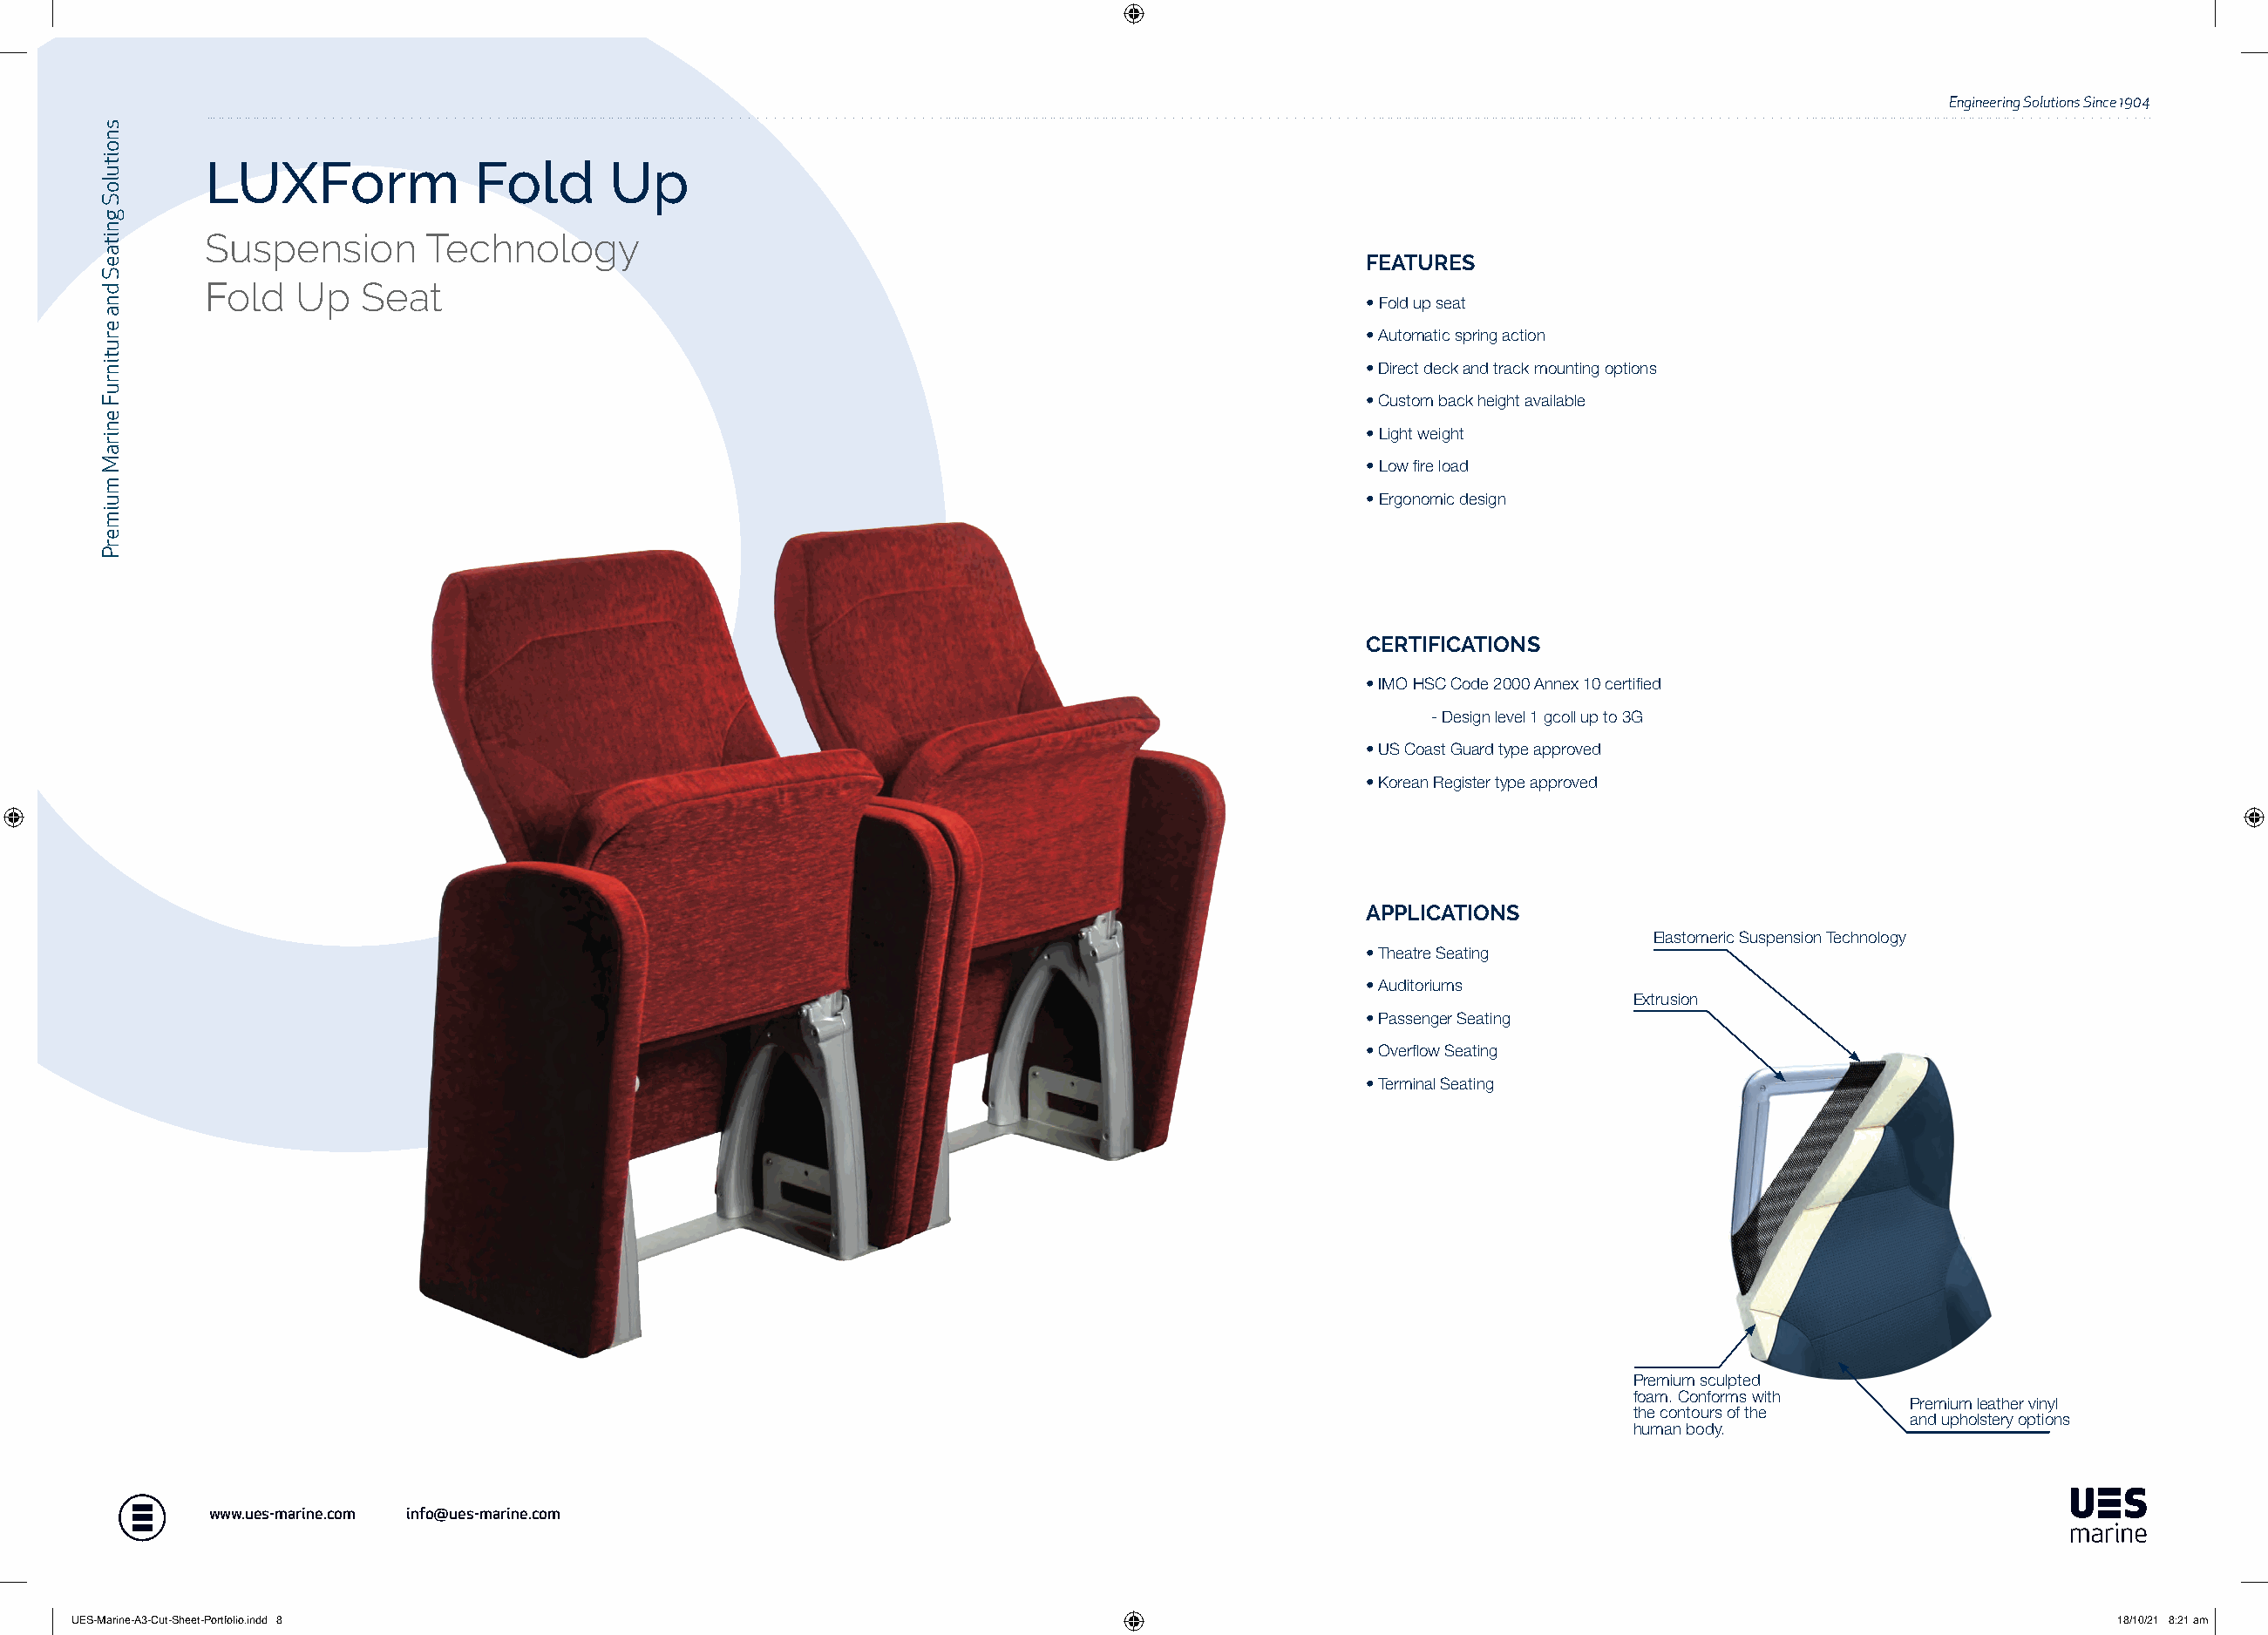
Engineering Solutions Since 1904
 LUXForm             Fold      Up
 Suspension      Technology
 FEATURES
 Fold  Up   Seat
 • Fold up seat
 • Automatic spring action
 • Direct deck and track mounting options
 • Custom back height available
 • Light weight
 • Low fire load
 • Ergonomic design
 CERTIFICATIONS
 • IMO HSC Code 2000 Annex 10 certified
 - Design level 1 gcoll up to 3G
 • US Coast Guard type approved
 • Korean Register type approved
 APPLICATIONS
 Elastomeric Suspension Technology
 • Theatre Seating
 • Auditoriums
 Extrusion
 • Passenger Seating
 • Overflow Seating
 • Terminal Seating
 Premium sculpted
 foam. Conforms with
 Premium leather vinyl
 the contours of the
 and upholstery options
 human body.
 www.ues-marine.com info@ues-marine.com
 UUEESS--MMaarriinnee--AA33--CCuutt--SShheeeett--PPoorrttffoolliioo..iinndddd 88                                                                             1188//1100//2211 88::2211 aamm
 snoituloS
 gnitaeS
 dna
 erutinruF
 eniraM
 muimerP